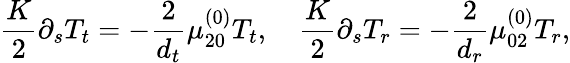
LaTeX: \frac{K}{2}\partial_{s}T_{t}=-\frac{2}{{d_{t}}}\mu_{20}^{(0)}T_{t},\quad\frac{K}{2}\partial_{s}T_{r}=-\frac{2}{{d_{r}}}\mu_{02}^{(0)}T_{r},